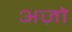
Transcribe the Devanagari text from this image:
अज़ो